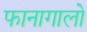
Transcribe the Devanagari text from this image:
फानागालो